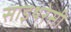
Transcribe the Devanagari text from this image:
साइथरेसी